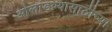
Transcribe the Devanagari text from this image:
ओलांडण्यासाठीच्या